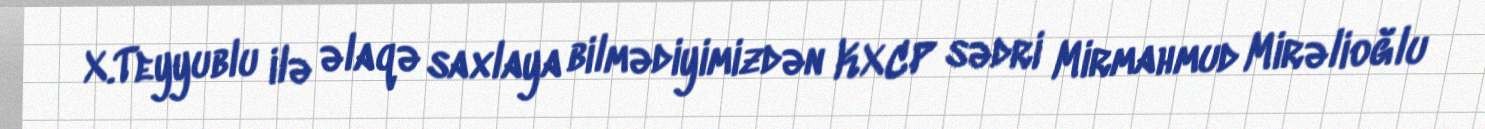
X.Teyyublu ilə əlaqə saxlaya bilmədiyimizdən KXCP sədri Mirmahmud Mirəlioğlu